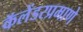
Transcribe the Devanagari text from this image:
कॅलेंडरप्रमाणे